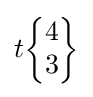
t{\begin{Bmatrix}4\\3\end{Bmatrix}}